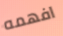
افهمه